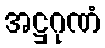
အဋ္ဌဂုဏံ